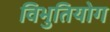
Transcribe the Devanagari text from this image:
विभुतियोग